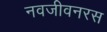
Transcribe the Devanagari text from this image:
नवजीवनरस